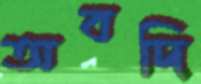
অবদি